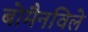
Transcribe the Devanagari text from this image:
बोमैनविले